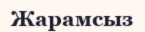
Жарамсыз